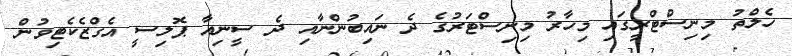
ހެލްތު މިނިސްޓްރީގައި މިހާރު މިނިސްޓަރުގެ ދެ ނައިބުންނާއި ދެ ސީނިއާ ޕޮލިސީ އެގްޒެކެޓިވުން